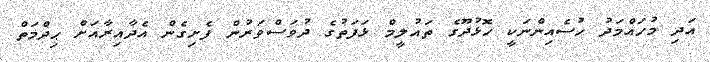
އަދި މުހައްމަދު ހުސެއިންނަކީ ހޮޅުދޫގެ ތައުލީމް ޅަފަތުގެ ދުވަސްވަރުން ފެށިގެން އެދާއިރާއަށް ޙިދްމަތް